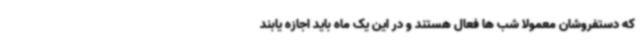
که دستفروشان معمولا شب ها فعال هستند و در این یک ماه باید اجازه یابند